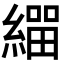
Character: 𦄛